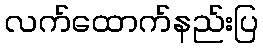
လက်ထောက်နည်းပြ